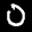
Label: 0